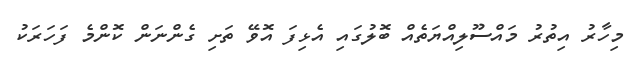
މިހާރު އިތުރު މައްސޫލިއްޔަތެއް ބޮލުގައި އެޅިފަ އޮވޭ ތަށި ގެންނަން ކޮންމެ ފަހަރަކު